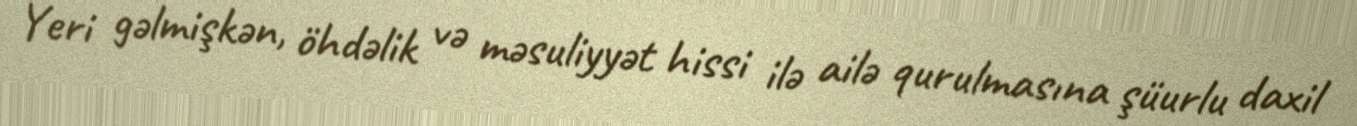
Yeri gəlmişkən, öhdəlik və məsuliyyət hissi ilə ailə qurulmasına şüurlu daxil